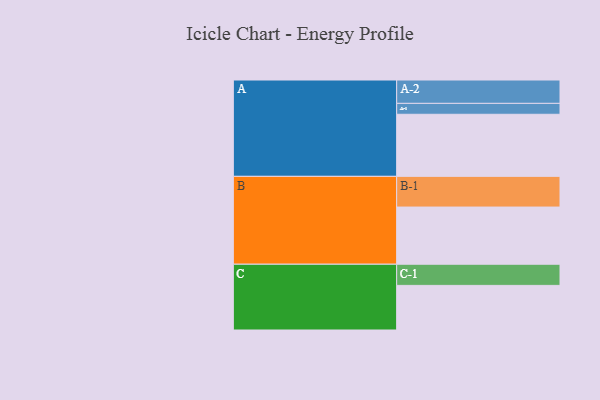
{"axis": {"x": "Segment", "y": "Value"}, "legend": ["", "A", "B", "C"], "data": [{"x": "A", "y": 558, "type": ""}, {"x": "B", "y": 514, "type": ""}, {"x": "C", "y": 401, "type": ""}, {"x": "A-1", "y": 98, "type": "A"}, {"x": "A-2", "y": 210, "type": "A"}, {"x": "B-1", "y": 276, "type": "B"}, {"x": "C-1", "y": 190, "type": "C"}]}